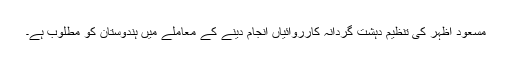
مسعود اظہر کی تنظیم دہشت گردانہ کارروائیاں انجام دینے کے معاملے میں ہندوستان کو مطلوب ہے۔